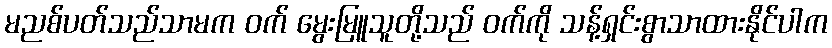
မညစ်ပတ်သည်သာမက ဝက် မွေးမြူသူတို့သည် ဝက်ကို သန့်ရှင်းစွာသာထားနိုင်ပါက